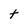
Character: t